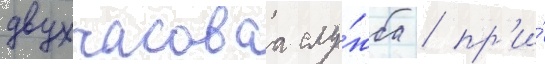
двухчасоваа слу́жба / пр'и́